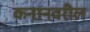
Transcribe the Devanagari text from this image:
कनानवरील